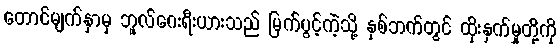
တောင်မျက်နှာမှ ဘူလ်ဂေးရီးယားသည် မြက်ပွင့်ကဲ့သို့ နှစ်ဘက်တွင် ထိုးနှက်မှုတို့ကို